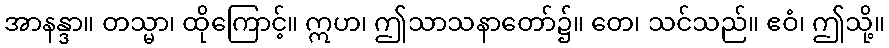
အာနန္ဒာ။ တသ္မာ၊ ထိုကြောင့်။ ဣဟ၊ ဤသာသနာတော်၌။ တေ၊ သင်သည်။ ဧဝံ၊ ဤသို့။